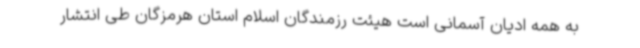
به همه ادیان آسمانی است هیئت رزمندگان اسلام استان هرمزگان طی انتشار